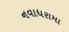
નવાધરામા